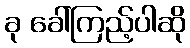
ခု ခေါ်ကြည့်ပါဆို